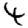
Digit: 4